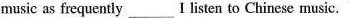
music as frequently___I listen to Chinese music.